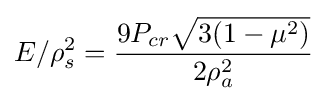
E/\rho _{s}^{2}={\frac {9P_{cr}{\sqrt {3(1-\mu ^{2})}}}{2\rho _{a}^{2}}}